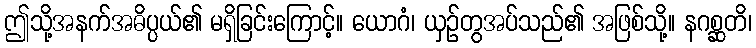
ဤသို့အနက်အဓိပ္ပယ်၏ မရှိခြင်းကြောင့်။ ယောဂံ၊ ယှဉ်တွအပ်သည်၏ အဖြစ်သို့။ နဂစ္ဆတိ၊